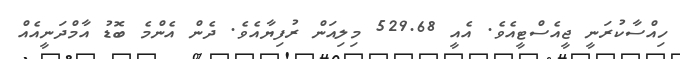
ހިއްސާކުރަނީ ޖީއެސްޓީއެވެ. އެއީ 529.68 މިލިއަން ރުފިޔާއެވެ. ދެން އެންމެ ބޮޑު އާމްދަނީއެއް